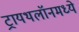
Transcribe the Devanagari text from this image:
ट्रायथलॉनमध्ये